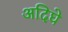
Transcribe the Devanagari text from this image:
अदिघे